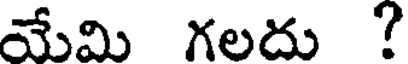
యేమి గలదు ?